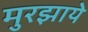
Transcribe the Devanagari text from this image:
मुरझाये